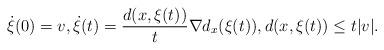
LaTeX: \begin{align*}\dot{\xi}(0)=v,\dot{\xi}(t)=\frac{d(x,\xi(t))}{t} \nabla d_x(\xi(t)), d(x,\xi(t)) \le t|v|.\end{align*}